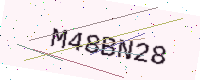
Text: M48BN28